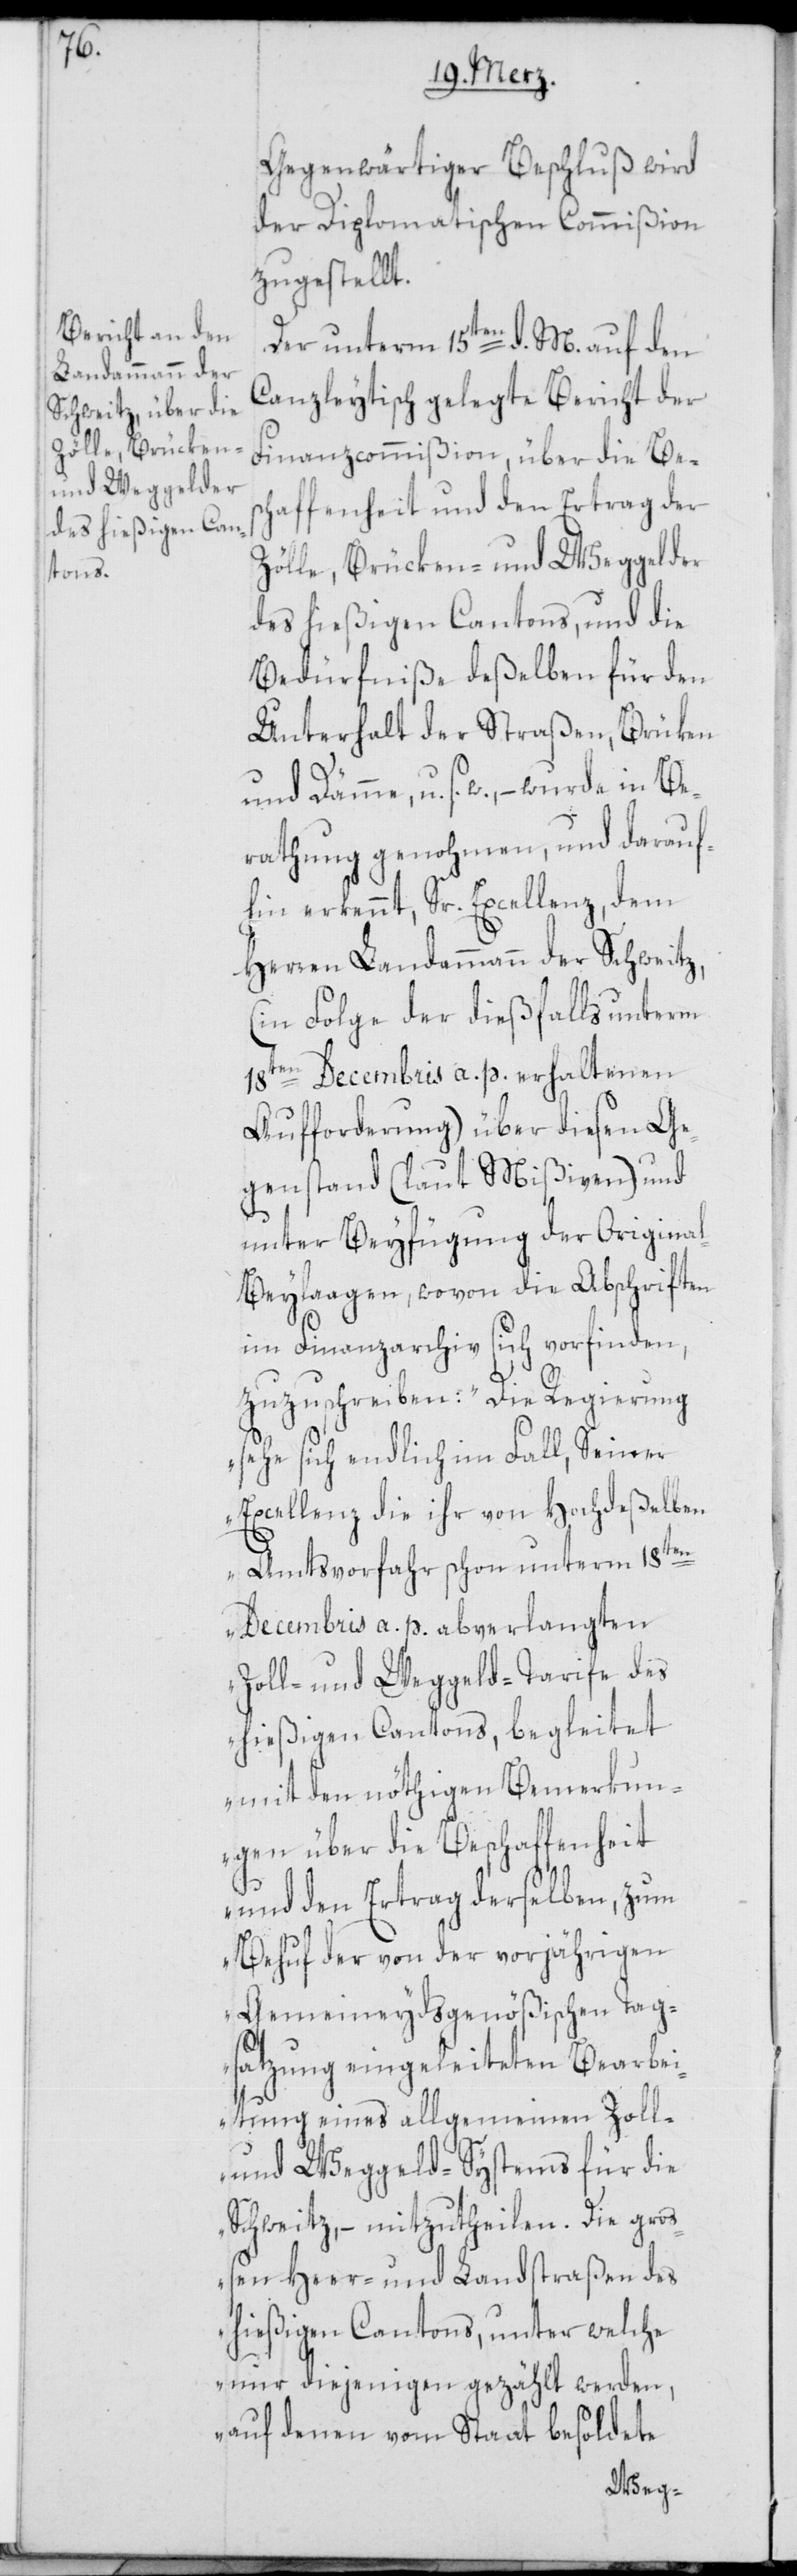
Zölle, Brücken-
und Weggelder

Gegenwärtiger Beschluß wird
der Diplomatischen Commißion
zugestellt.
Der unterm 15ten d. M. auf den
Canzleytisch gelegte Bericht der
Finanzcommißion, über die Besc¬
haffenheit und den Ertrag der
des hießigen Cantons, und die
Bedürfniße deßelben für den
Unterhalt der Straßen, Brüken
und Dämme, u. s. w., – wurde in Be¬
rathung genohmen, und darauf¬
hin erkennt, Sr. Excellenz, dem
Herren Landammann der Schweitz,
(in Folge der dießfalls unterm
18ten Decembris a. p. erhaltenen
Aufforderung) über diesen Ge¬
genstand (laut Mißiven) und
unter Beyfügung der Origina¬
l-Beylagen, wovon die Abschriften
im Finanzarchiv sich vorfinden,
zuzuschreiben: „Die Regierung
sehe sich endlich im Fall, Seiner
Excellenz die ihr von Hochdeßelben
Amtsvorfahr schon unterm 18ten
Decembris a. p. abverlangten
Zoll- und Weggeld-Tarife des
hießigen Cantons, begleitet
mit den nöthigen Bemerkun¬
gen über die Beschaffenheit
und den Ertrag derselben, zum
Behuf der von der vorjährigen
Gemeineydsgenößischen Tag¬
satzung eingeleiteten Bearbe¬
ytung eines allgemeinen Zoll-
und Weggeld-Systems für die
Schweitz,– mitzutheilen. Die gro¬
ßen Heer- und Landstraßen des
hießigen Cantons, unter welche
nur diejenigen gezählt werden,
auf denen vom Staat besoldete